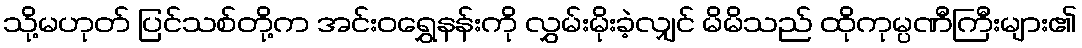
သို့မဟုတ် ပြင်သစ်တို့က အင်းဝရွှေနန်းကို လွှမ်းမိုးခဲ့လျှင် မိမိသည် ထိုကုမ္ပဏီကြီးများ၏